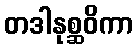
တဒါနုစ္ဆဝိကာ